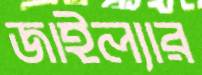
জাইল্যার